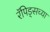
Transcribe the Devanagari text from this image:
रॅपिड्सच्या